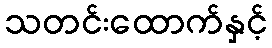
သတင်းထောက်နှင့်